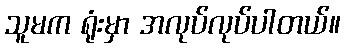
သူမက ရုံးမှာ အလုပ်လုပ်ပါတယ်။